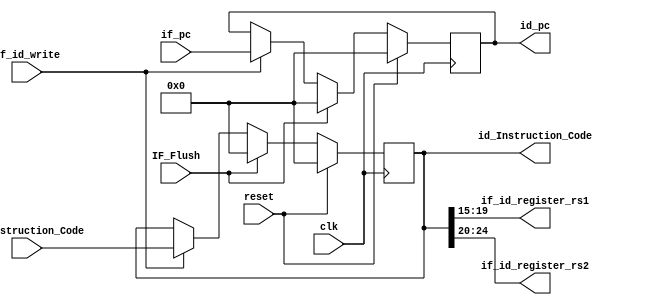
module if_id(
	input reset, clk,if_id_write,IF_Flush,
	input wire[31:0]if_Instruction_Code,
	input wire[31:0]if_pc,
	output reg [31:0]id_pc,
	output reg [31:0]id_Instruction_Code,
	output [4:0]if_id_register_rs1,
	output [4:0]if_id_register_rs2);
	assign if_id_register_rs1 = id_Instruction_Code[19:15];
    assign if_id_register_rs2 = id_Instruction_Code[24:20];

always @(posedge clk) begin
    if (reset ==1)
    begin 
    id_Instruction_Code <= 0;
    id_pc <= 0;
    end  
    else 
    if ( IF_Flush ==1) 
    begin
     id_pc<=0;
    id_Instruction_Code <= 32'h0;
    end 
    else if  ( if_id_write ==0) //careful
    begin
    id_pc<=id_pc;
    id_Instruction_Code <= id_Instruction_Code;
	end
	else begin
            id_pc<=if_pc;
			id_Instruction_Code<=if_Instruction_Code;
    end
    
    end
    endmodule